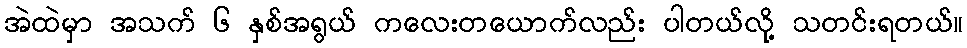
အဲထဲမှာ အသက် ၆ နှစ်အရွယ် ကလေးတယောက်လည်း ပါတယ်လို့ သတင်းရတယ်။